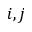
i , j